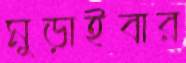
মুড়াইবার